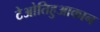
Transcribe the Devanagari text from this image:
टेओतिहुआकान